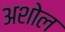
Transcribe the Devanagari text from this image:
अशोल